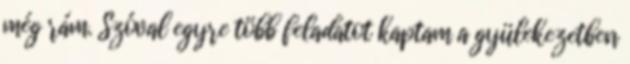
még rám. Szóval egyre több feladatot kaptam a gyülekezetben